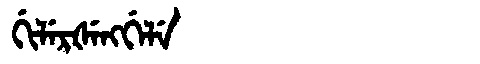
Manchu: ᡤᡳᠯᡝᡵᡧᡝᠩᡤᡝᠯᡝ
Romanization: GILERŠENGGELE